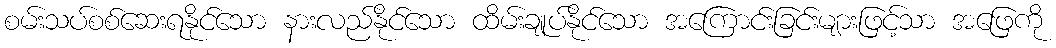
စမ်းသပ်စစ်ဆေးရနိုင်သော နားလည်နိုင်သော ထိမ်းချုပ်နိုင်သော အကြောင်းခြင်းများဖြင့်သာ အဖြေကို